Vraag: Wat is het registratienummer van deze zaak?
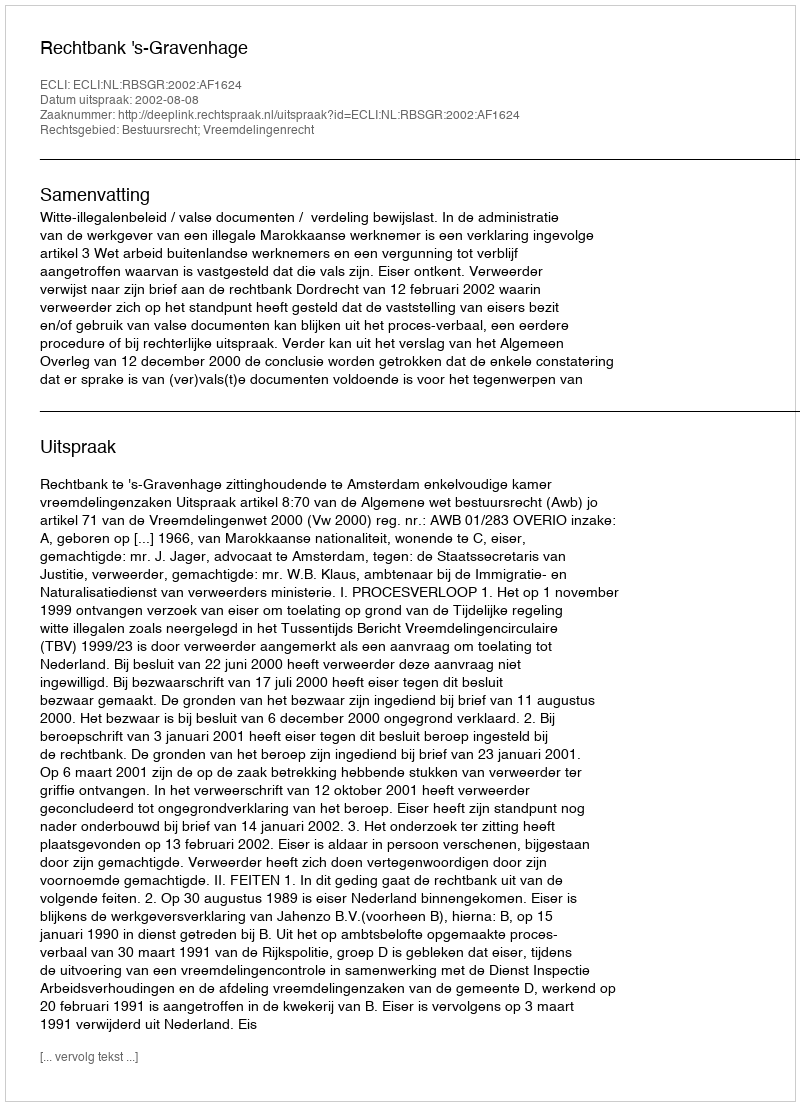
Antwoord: http://deeplink.rechtspraak.nl/uitspraak?id=ECLI:NL:RBSGR:2002:AF1624